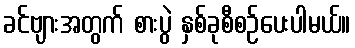
ခင်ဗျားအတွက် စားပွဲ နှစ်ခုစီစဉ်ပေးပါမယ်။